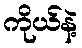
ကိုယ်နဲ့